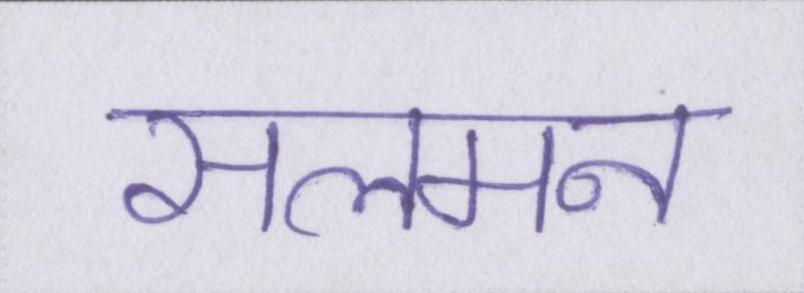
सलमन